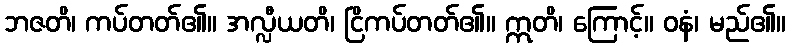
ဘဇတိ၊ ကပ်တတ်၏။ အလ္လီယတိ၊ ငြိကပ်တတ်၏။ ဣတိ၊ ကြောင့်။ ဝနံ၊ မည်၏။